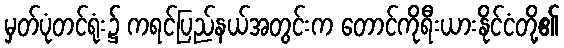
မှတ်ပုံတင်ရုံး၌ ကရင်ပြည်နယ်အတွင်းက တောင်ကိုရီးယားနိုင်ငံတို့၏